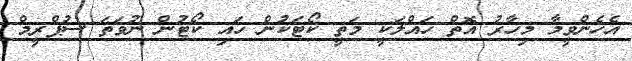
އެހެންވީމާ މިހާރު އޮތް ހައްލަކީ މަތީ ކޯޓަކުން ހައި ކޯޓުން ނުވަތަ ސުޕްރީމް